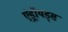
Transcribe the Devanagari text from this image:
एंड्रॉयड्स